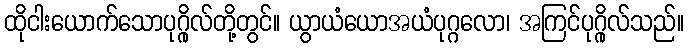
ထိုငါးယောက်သောပုဂ္ဂိုလ်တို့တွင်။ ယွာယံယောအယံပုဂ္ဂလော၊ အကြင်ပုဂ္ဂိုလ်သည်။